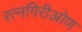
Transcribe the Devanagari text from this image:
रत्नगिरीओण